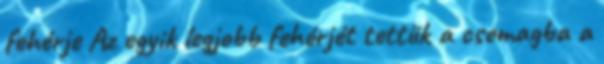
fehérje Az egyik legjobb fehérjét tettük a csomagba a